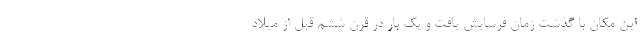
این مکان با گذشت زمان فرسایش یافت و یک بار در قرن ششم قبل از میلاد